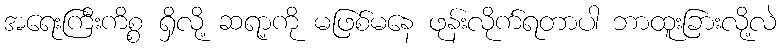
အရေးကြီးကိစ္စ ရှိလို့ ဆရာ့ကို မဖြစ်မနေ ဖုန်းလိုက်ရတာပါ ဘာထူးခြားလို့လဲ